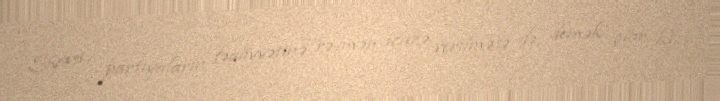
Siyasi partiyaların fəaliyyətinə rəsmən icazə verilməsə də, demək olar ki,